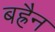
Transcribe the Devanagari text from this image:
बह्रैन